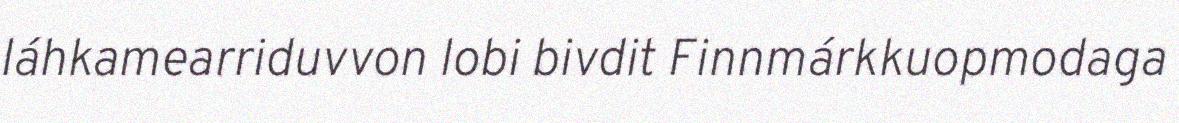
láhkamearriduvvon lobi bivdit Finnmárkkuopmodaga